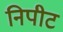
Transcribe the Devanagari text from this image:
निपीट